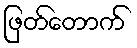
ဖြတ်တောက်